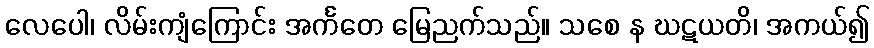
လေပေါ၊ လိမ်းကျံကြောင်း အင်္ကတေ မြေညက်သည်။ သစေ န ဃဋယတိ၊ အကယ်၍